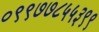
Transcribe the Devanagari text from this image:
०९९७७८५५३९९